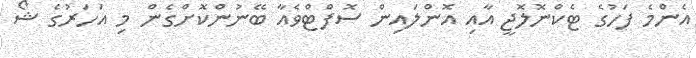
އެންމެ ފަހުގެ ޓެކްނޮލޮޖީ އާއި އޮންލައިން ސޮފްޓްވެއާ ބޭނުންކޮށްގެން މި އަހަރުގެ ޝޯ